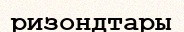
ризондтары